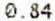
0.84